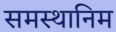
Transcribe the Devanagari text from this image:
समस्थानिम